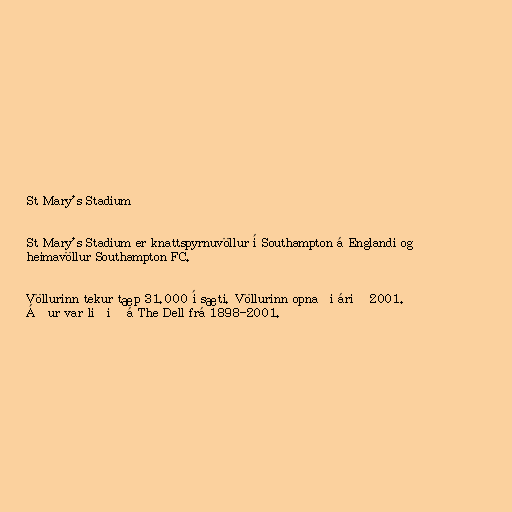
St Mary's Stadium

St Mary's Stadium er knattspyrnuvöllur í Southampton á Englandi og
heimavöllur Southampton FC.

Völlurinn tekur tæp 31.000 í sæti. Völlurinn opnaði árið 2001.
Áður var liðið á The Dell frá 1898-2001.